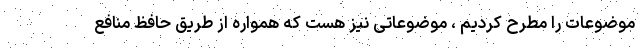
موضوعات را مطرح کردیم ، موضوعاتی نیز هست که همواره از طریق حافظ منافع